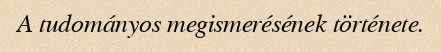
A tudományos megismerésének története.